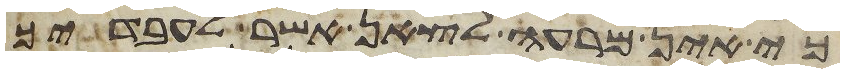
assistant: כי אין מרעה לצאן אשר לעבדיך